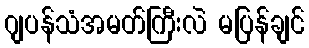
ဂျပန်သံအမတ်ကြီးလဲ မပြန်ချင်